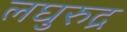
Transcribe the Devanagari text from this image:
लघुरुद्र